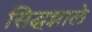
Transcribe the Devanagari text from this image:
सिद्धझाले